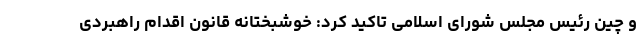
و چین رئیس مجلس شورای اسلامی تاکید کرد: خوشبختانه قانون اقدام راهبردی